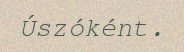
Úszóként.